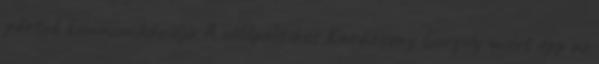
pártok kommunikációja A zöldpolitikus Karácsony Gergely miért épp az